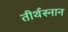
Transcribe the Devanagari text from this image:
तीर्थस्नान